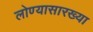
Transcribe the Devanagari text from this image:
लोण्यासारख्या